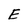
Character: E